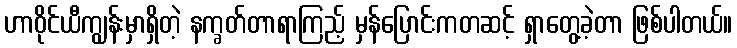
ဟာဝိုင်ယီကျွန်းမှာရှိတဲ့ နက္ခတ်တာရာကြည့် မှန်ပြောင်းကတဆင့် ရှာတွေ့ခဲ့တာ ဖြစ်ပါတယ်။